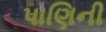
પાણિની